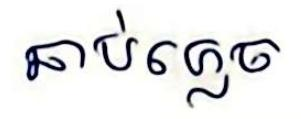
ឆាប់ភ្លេច